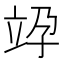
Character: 𥩯